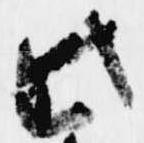
此